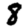
Digit: 8